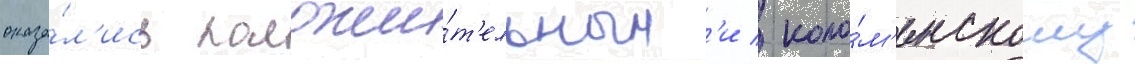
оказа́л'ись положи́т'ельным'и / коло́м'енскому